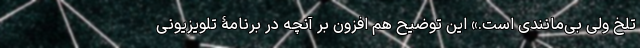
تلخ ولی بی‌مانندی است.» این توضیح هم افزون بر آنچه در برنامۀ تلویزیونی